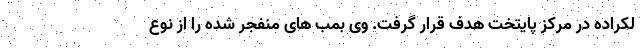
لکراده در مرکز پایتخت هدف قرار گرفت. وی بمب های منفجر شده را از نوع